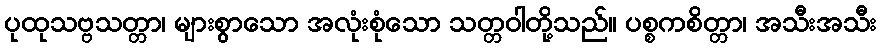
ပုထုသဗ္ဗသတ္တာ၊ များစွာသော အလုံးစုံသော သတ္တဝါတို့သည်။ ပစ္စကစိတ္တာ၊ အသီးအသီး